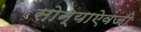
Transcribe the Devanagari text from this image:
सोन्याऐवजी